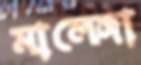
মালেঙ্গা